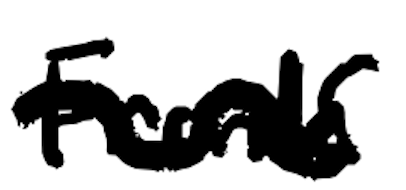
Text: Frank
Cross-out: wave
Writing tool: digital_black